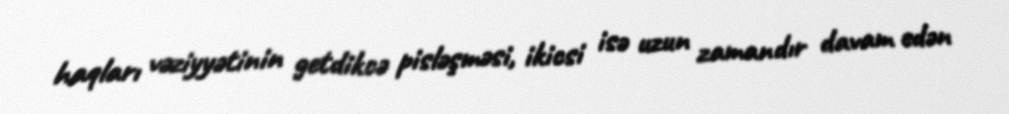
haqları vəziyyətinin getdikcə pisləşməsi, ikicsi isə uzun zamandır davam edən